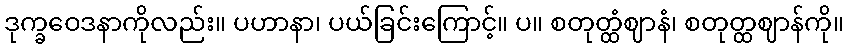
ဒုက္ခဝေဒနာကိုလည်း။ ပဟာနာ၊ ပယ်ခြင်းကြောင့်။ ပ။ စတုတ္ထံဈာနံ၊ စတုတ္ထဈာန်ကို။